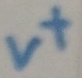
Text: v+